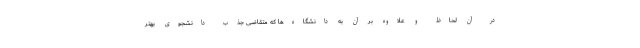
در آن لحاظ و علاوه بر آن به دانشگاه‌ها که متقاضی جذب دانشجوی بهتر